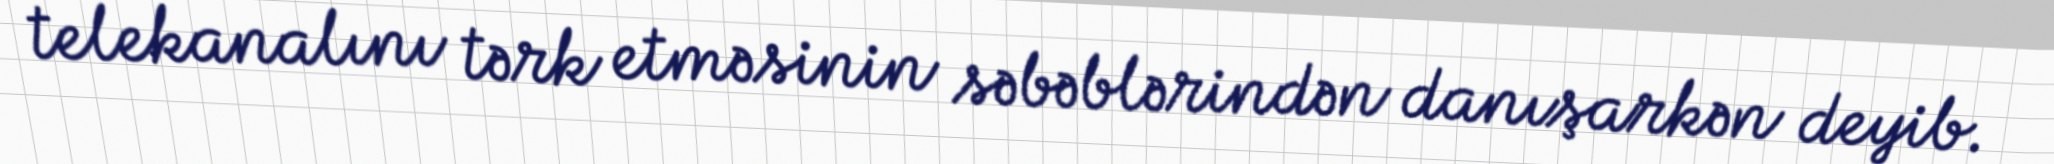
telekanalını tərk etməsinin səbəblərindən danışarkən deyib.